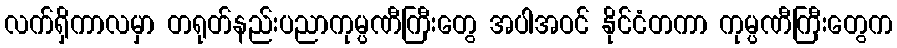
လက်ရှိကာလမှာ တရုတ်နည်းပညာကုမ္ပဏီကြီးတွေ အပါအဝင် နိုင်ငံတကာ ကုမ္ပဏီကြီးတွေက